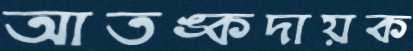
আতঙ্কদায়ক